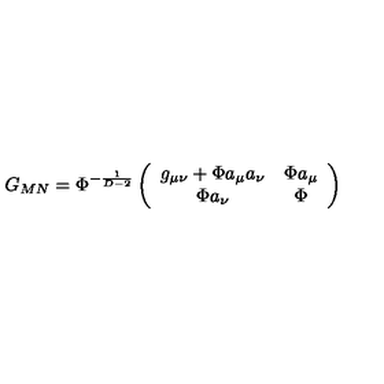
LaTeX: G _ { M N } = \Phi ^ { - \frac { 1 } { D - 2 } } \left( \begin{array} { c c } { g _ { \mu \nu } + \Phi a _ { \mu } a _ { \nu } } & { \Phi a _ { \mu } } \\ { \Phi a _ { \nu } } & { \Phi } \\ \end{array} \right)